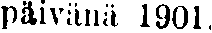
päivänä 1901.